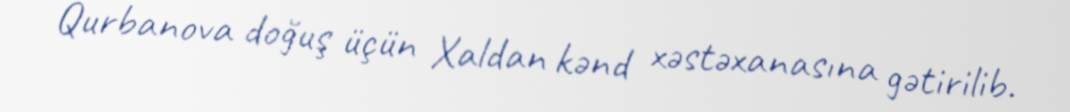
Qurbanova doğuş üçün Xaldan kənd xəstəxanasına gətirilib.